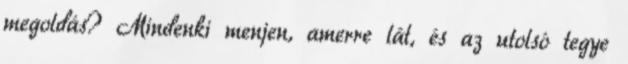
megoldás? Mindenki menjen, amerre lát, és az utolsó tegye